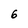
Character: 6